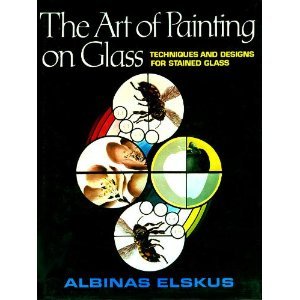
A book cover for The Art of Painting on Glass: Techniques and Designs for Stained Glass; Albinas Elskus; Crafts, Hobbies & Home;